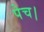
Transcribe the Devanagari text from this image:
पेच।